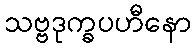
သဗ္ဗဒုက္ခပဟီနော